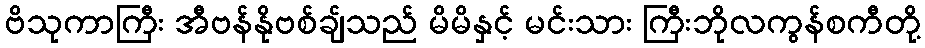
ဗိသုကာကြီး အီဗန်နိုဗစ်ချ်သည် မိမိနှင့် မင်းသား ကြီးဘိုလကွန်စကီတို့